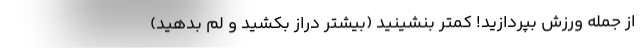
از جمله ورزش بپردازید! کمتر بنشینید (بیشتر دراز بکشید و لم بدهید)